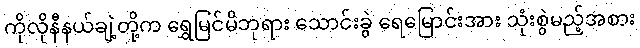
ကိုလိုနီနယ်ချဲ့တို့က ရွှေမြင်မိဘုရား သောင်းခွဲ ရေမြောင်းအား သုံးစွဲမည့်အစား